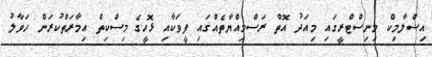
އިސްލާމިކް މިނިސްޓްރީގައި މިއަދު އޮތް ރަސްމިއްޔާތެއްގައި ފީވަކާއި ޅޮހީގެ މިސްކިތް އިމާރަތްކުރަން ހަވާލު